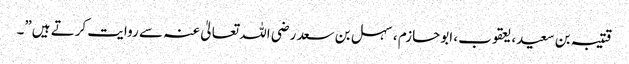
قتیبہ بن سعید، یعقوب، ابوحازم ، سہل بن سعد رضی اللہ تعالیٰ عنہ سے روایت کرتے ہیں”۔